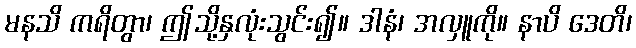
မနသိ ကရိတွာ၊ ဤသို့နှလုံးသွင်း၍။ ဒါနံ၊ အလှူကို။ နာပိ ဒေတိ၊